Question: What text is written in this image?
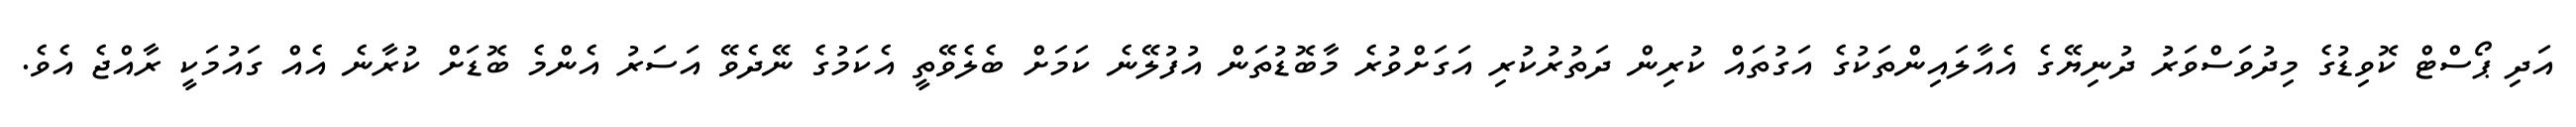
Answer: އަދި ޕޯސްޓް ކޮވިޑުގެ މިދުވަސްވަރު ދުނިޔޭގެ އެއާލައިންތަކުގެ އަގުތައް ކުރިން ދަތުރުކުރި އަގަށްވުރެ މާބޮޑުތަން އުފުލޭނެ ކަމަށް ބެލެވޭތީ އެކަމުގެ ނޭދެވޭ އަސަރު އެންމެ ބޮޑަށް ކުރާނެ އެއް ގައުމަކީ ރާއްޖެ އެވެ.